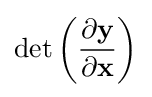
\det \left({\frac {\partial \mathbf {y} }{\partial \mathbf {x} }}\right)